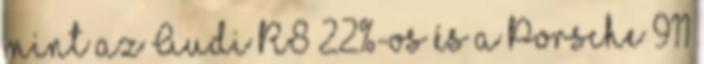
mint az Audi R8 22%-os és a Porsche 911